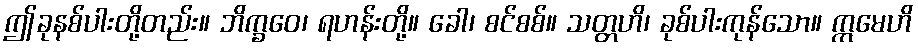
ဤခုနစ်ပါးတို့တည်း။ ဘိက္ခဝေ၊ ရဟန်းတို့။ ခေါ၊ စင်စစ်။ သတ္တဟိ၊ ခုစ်ပါးကုန်သော။ ဣမေဟိ